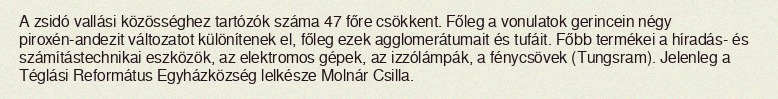
A zsidó vallási közösséghez tartózók száma 47 főre csökkent. Főleg a vonulatok gerincein négy piroxén-andezit változatot különítenek el, főleg ezek agglomerátumait és tufáit. Főbb termékei a híradás- és számítástechnikai eszközök, az elektromos gépek, az izzólámpák, a fénycsövek (Tungsram). Jelenleg a Téglási Református Egyházközség lelkésze Molnár Csilla.